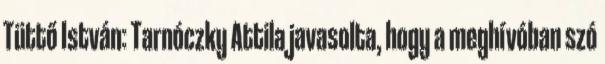
Tüttő István: Tarnóczky Attila javasolta, hogy a meghívóban szó